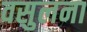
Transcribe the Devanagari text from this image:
वसुलना